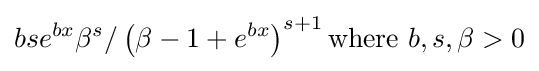
bse^{bx}\beta ^{s}/\left(\beta -1+e^{bx}\right)^{s+1}{\text{where }}b,s,\beta >0